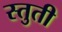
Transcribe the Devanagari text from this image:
स्‍तुती